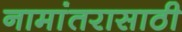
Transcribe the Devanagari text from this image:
नामांतरासाठी